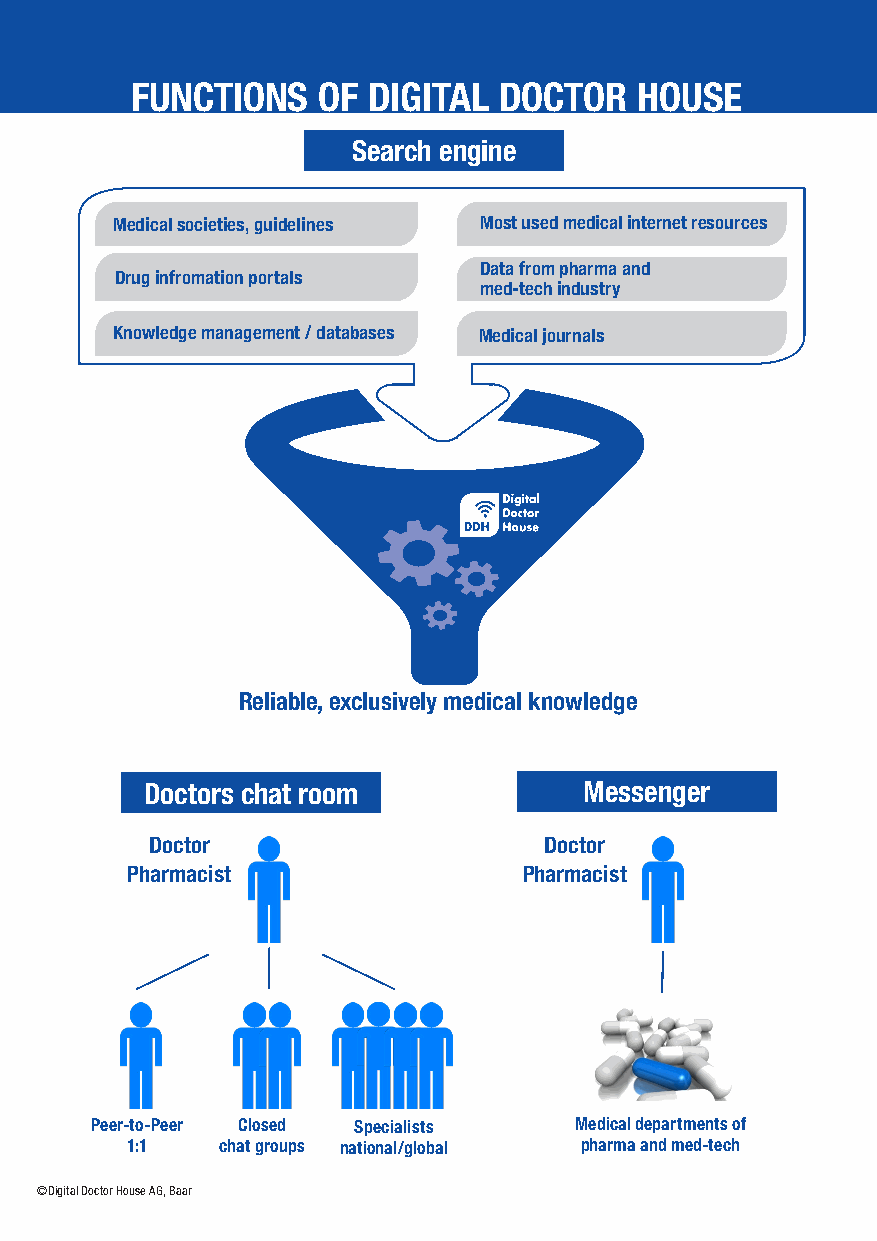
FUNCTIONS   OF DIGITAL  DOCTOR   HOUSE
 Search engine
 Medical societies, guidelines Most used medical internet resources
 Data from pharma and
 Drug infromation portals
 med-tech industry
 Knowledge management / databases Medical journals
 Reliable, exclusively medical knowledge
 Doctors chat room            Messenger
 Doctor                    Doctor
 Pharmacist                 Pharmacist
 Peer-to-Peer Closed Specialists Medical departments of
 1:1    chat groups national/global pharma and med-tech
 © Digital Doctor House AG, Baar